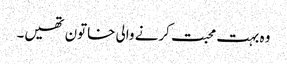
وہ بہت محبت کرنے والی خاتون تھیں۔